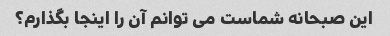
این صبحانه شماست می توانم آن را اینجا بگذارم؟